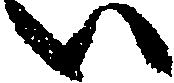
い